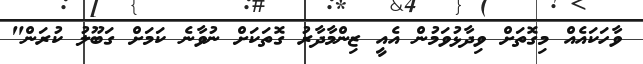
ވާހަކައެއް މިގޮތަށް ވިދާޅުވަމުން އެއީ ޒިންމާދާރު ގޮތަކަށް ނުވާނެ ކަމަށް ގަބޫލު ކުރަން"